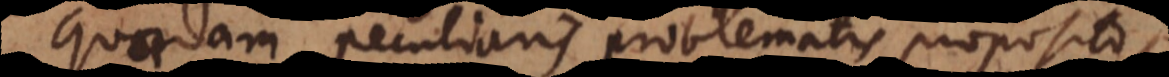
quaedam peculiaris problematis propositi,